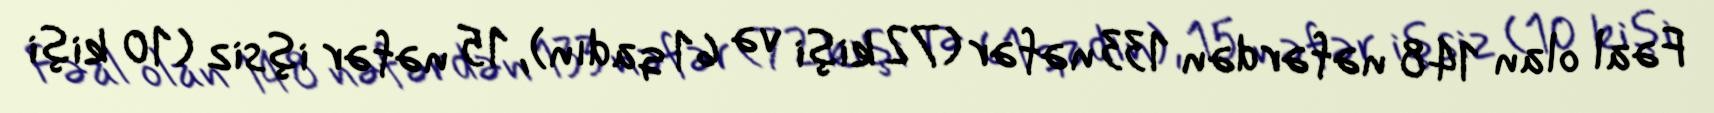
Fəal olan 148 nəfərdən 133 nəfər (72 kişi və 61 qadın), 15 nəfər işsiz (10 kişi